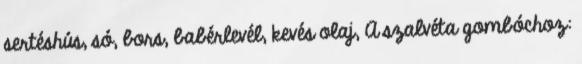
sertéshús, só, bors, babérlevél, kevés olaj, A szalvéta gombóchoz: